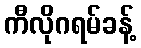
ကီလိုဂရမ်ခန့်